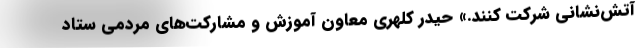
آتش‌نشانی شرکت کنند.» حیدر کلهری معاون آموزش و مشارکت‌های مردمی ستاد